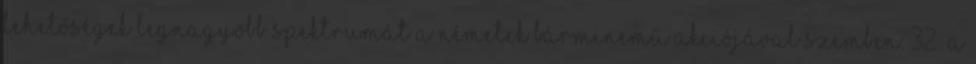
lehetőségek legnagyobb spektrumát a németek bárminemű akciójával szemben. 32 A